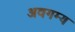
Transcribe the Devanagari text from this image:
अवगम्य